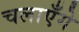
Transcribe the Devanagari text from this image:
चलाएँगे